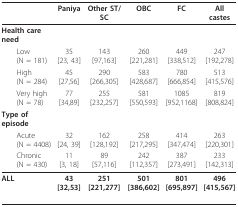
<table><thead><tr><td></td><td><b>Paniya</b></td><td><b>Other ST/SC</b></td><td><b>OBC</b></td><td><b>FC</b></td><td><b>All castes</b></td></tr></thead><tbody><tr><td><b>Health care need</b></td><td></td><td></td><td></td><td></td><td></td></tr><tr><td> Low(N = 181)</td><td>35[23, 43]</td><td>143[97,163]</td><td>260[221,281]</td><td>449[338,512]</td><td>247[192,278]</td></tr><tr><td> High(N = 284)</td><td>45[27,56]</td><td>290[266,305]</td><td>583[428,687]</td><td>780[666,854]</td><td>513[415,576]</td></tr><tr><td> Very high(N = 78)</td><td>77[34,89]</td><td>255[232,257]</td><td>581[550,593]</td><td>1085[952,1168]</td><td>819[808,824]</td></tr><tr><td><b>Type of episode</b></td><td></td><td></td><td></td><td></td><td></td></tr><tr><td> Acute(N = 4408)</td><td>32[24, 39]</td><td>162[128,192]</td><td>258[217,295]</td><td>414[347,474]</td><td>263[220,301]</td></tr><tr><td> Chronic(N = 430)</td><td>11[3, 18]</td><td>89[57,116]</td><td>242[112,357]</td><td>387[273,491]</td><td>233[142,313]</td></tr><tr><td><b>ALL</b></td><td><b>43</b><b>[32,53]</b></td><td><b>251</b><b>[221,277]</b></td><td><b>501</b><b>[386,602]</b></td><td><b>801</b><b>[695,897]</b></td><td><b>496</b><b>[415,567]</b></td></tr></tbody></table>